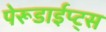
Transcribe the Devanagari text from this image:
पेरूडाईप्ट्स